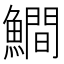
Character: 𩻾